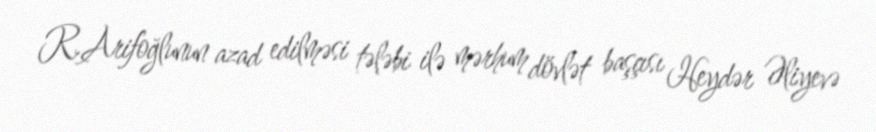
R.Arifoğlunun azad edilməsi tələbi ilə mərhum dövlət başçısı Heydər Əliyevə